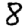
Digit: 8